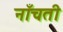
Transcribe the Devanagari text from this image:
नाँचती